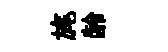
旄龄